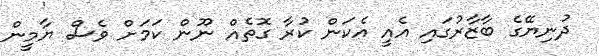
ދުނިޔޭގެ ބާޒާރުގައި އެއީ އެކަން ކުރާ ގޮތެއް ނޫން ކަމަށް ވެސް ޔާމީން